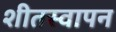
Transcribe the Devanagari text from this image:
शीतस्वापन